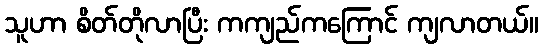
သူဟာ စိတ်တိုလာပြီး ကကျည်ကကြောင် ကျလာတယ်။